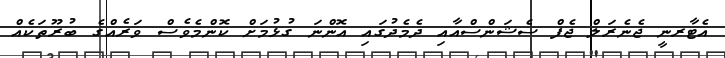
އެޓާރނީ ޖެނެރަލް ޖެފް ސެޝަންސްއާއި ދެމެދުގައި އޮންނަ ގުޅުމަށް ކޮންމެވެސް ވަރެއްގެ ބުރޫތަކެއް